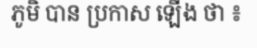
ភូមិ បាន ប្រកាស ឡើង ថា ៖